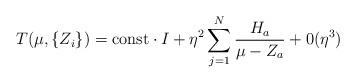
LaTeX: \begin{align*}T ( \mu , \{ Z_i \} ) = {\mbox{const}} \cdot I + \eta^2 \sum^N_{j = 1} \frac{H_a}{\mu - Z_a} + 0 ( \eta^3 )\end{align*}